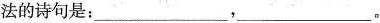
法的诗句是：___，___。